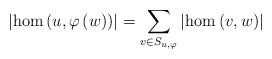
\begin{align*}\left|\hom\left(u,\varphi\left(w\right)\right)\right|=\sum_{v\in S_{u,\varphi}}\left|\hom\left(v,w\right)\right|\end{align*}